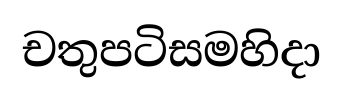
චතුපටිසමහිදා